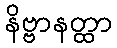
နိဗ္ဗာနတ္ထာ